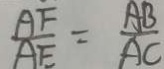
\frac { A F } { A E } = \frac { A B } { A C }